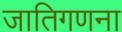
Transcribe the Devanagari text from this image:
जातिगणना